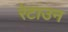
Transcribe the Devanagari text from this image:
रेटाउन